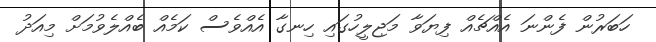
ހަބަރުން ފެންނަ އެއްޗެއް ފިޔަވާ މަޖިލީހުގައި ހިނގާ އެއްވެސް ކަމެއް ބެއްލެވުމަށް މިއަދު